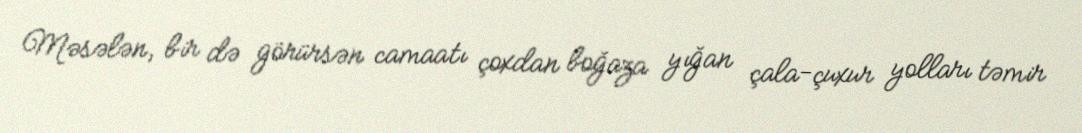
Məsələn, bir də görürsən camaatı çoxdan boğaza yığan çala-çuxur yolları təmir